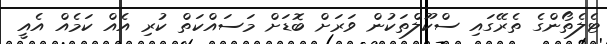
ޓެލެތޯންގެ ތެރޭގައި ސްކޫލްތަކުން ވަރަށް ބޮޑަށް މަސައްކަތް ކުރި އެއް ކަމެއް އެއީ